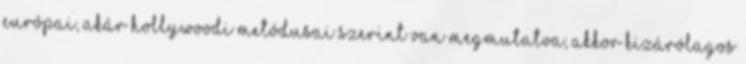
európai, akár hollywoodi metódusai szerint van megmutatva, akkor kizárólagos